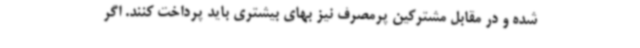
شده و در مقابل مشترکین پرمصرف نیز بهای بیشتری باید پرداخت کنند. اگر